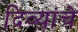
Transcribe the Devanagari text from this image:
दिव्यांचे